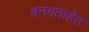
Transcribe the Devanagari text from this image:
बनवताहेत